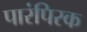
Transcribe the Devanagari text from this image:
पारंपिरक